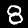
Label: 8